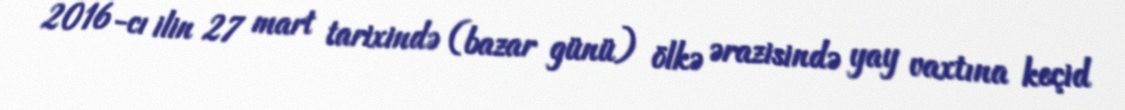
2016-cı ilin 27 mart tarixində (bazar günü) ölkə ərazisində yay vaxtına keçid